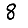
Digit: 8